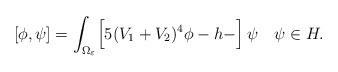
LaTeX: \begin{align*}[\phi,\psi]=\int_{\Omega_\varepsilon}\Bigl[5(V_1+V_2)^4 \phi -h-\Bigr]\,\psi\quad\psi\in H.\end{align*}